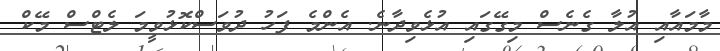
މާމައާއި އުލާ ގެނެސް މިގޭގައި އުޅެވިދާނެ. އެންމެ ފަހު ދުވަސްކޮޅުވީމަ ލެޓްސް މޭކް